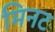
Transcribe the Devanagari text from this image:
मिनट